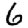
Digit: 6